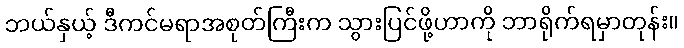
ဘယ်နှယ့် ဒီကင်မရာအစုတ်ကြီးက သွားပြင်ဖို့ဟာကို ဘာရိုက်ရမှာတုန်း။